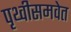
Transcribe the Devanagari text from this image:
पृथ्वीसमवेत